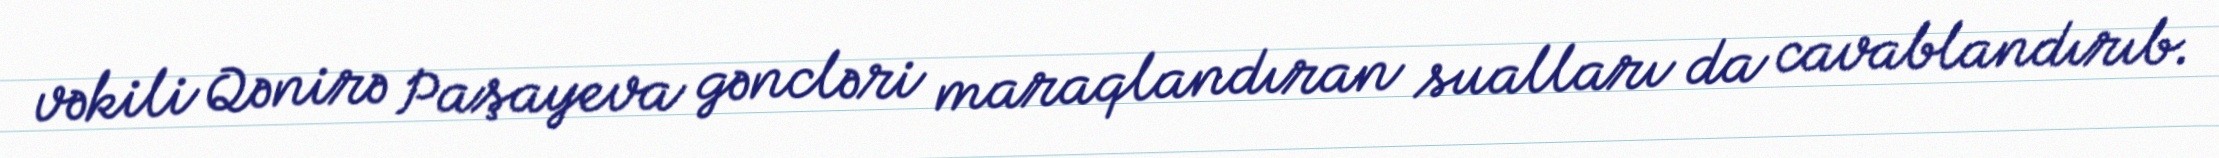
vəkili Qənirə Paşayeva gəncləri maraqlandıran sualları da cavablandırıb.